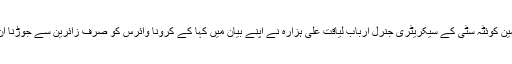
وحدت نیوز (کوئٹہ) مجلس وحدت مسلمین کوئٹہ سٹی کے سیکریٹری جنرل ارباب لیاقت علی ہزارہ نے اپنے بیان میں کہا کے کرونا وائرس کو صرف زائرین سے جوڑنا ان کی منافقانہ طرز عمل کی نشانی ہے۔